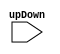
`timescale 1ns / 1ps
//////////////////////////////////////////////////////////////////////////////////
// Company: 
// Engineer: 
// 
// Design Name: 
// Module Name:    FSM 
// Project Name: 
// Target Devices: 
// Tool versions: 
// Description: 
//
// Dependencies: 
//
// Revision: 
// Revision 0.01 - File Created
// Additional Comments: 
//
//////////////////////////////////////////////////////////////////////////////////
module FSM(
    input [1:0] upDown
    );


endmodule